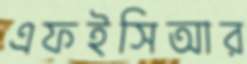
এফইসিআর